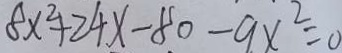
8 x ^ { 2 } + 2 4 x - 8 0 - 9 x ^ { 2 } = 0